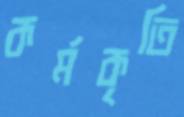
কর্মকৃতি